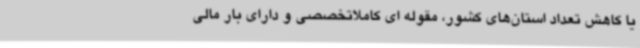
یا کاهش تعداد استان‌های کشور، مقوله ای کاملاتخصصی و دارای بار مالی